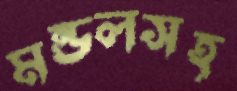
মন্ডলসহ